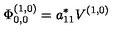
\Phi _ { 0 , 0 } ^ { ( 1 , 0 ) } = a _ { 1 1 } ^ { * } V ^ { ( 1 , 0 ) }